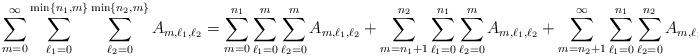
LaTeX: \begin{align*}\sum_{m=0}^{\infty}\sum_{\ell_1=0}^{\min\{n_1,m\}}\sum_{\ell_2=0}^{\min\{n_2,m\}}A_{m,\ell_1,\ell_2}=\sum_{m=0}^{n_1}\sum_{\ell_1=0}^m\sum_{\ell_2=0}^mA_{m,\ell_1,\ell_2}&+\sum_{m=n_1+1}^{n_2}\sum_{\ell_1=0}^{n_1}\sum_{\ell_2=0}^mA_{m,\ell_1,\ell_2}+\sum_{m=n_2+1}^{\infty}\sum_{\ell_1=0}^{n_1}\sum_{\ell_2=0}^{n_2}A_{m,\ell_1,\ell_2}.\end{align*}